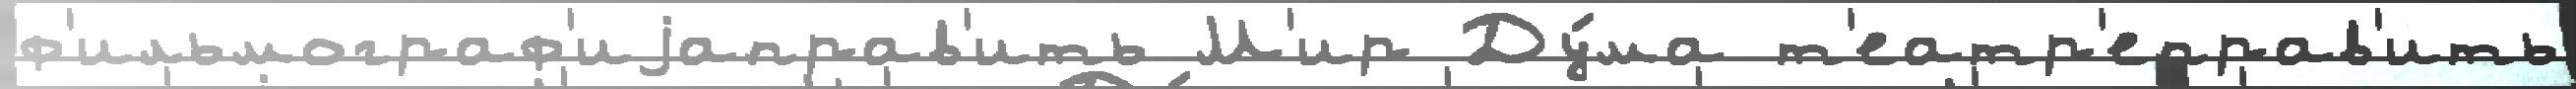
ф'ильмограф'иjаправ'ить М'ир Ду́ма т'еатр'еправ'ить